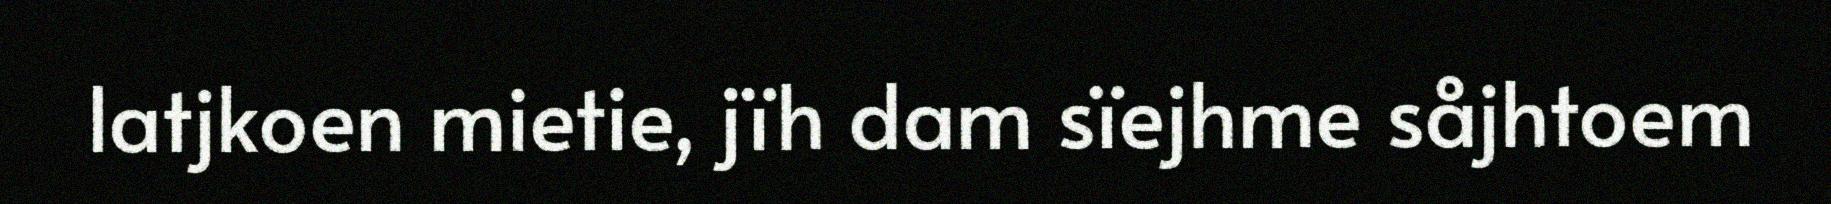
latjkoen mietie, jïh dam sïejhme såjhtoem